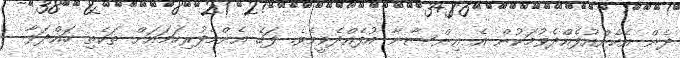
ދެން އެހެންއުފެއްދެވުމަކުން އެ އިންސާނާ އުފެއްދެވީމެވެ. ފަހެ އެންމެފުރިހަމައަށް ތަކެތި ހައްދަވާ